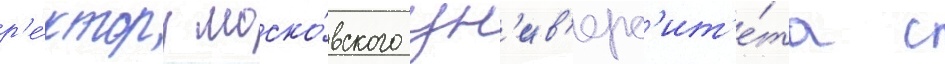
р'е́ктору моско́вского ун'ив'ерс'ит'е́та с